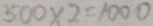
5 0 0 \times 2 = 1 0 0 0